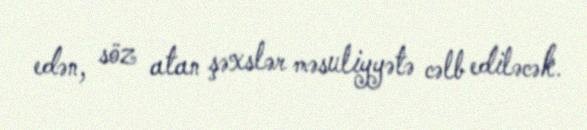
edən, söz atan şəxslər məsuliyyətə cəlb ediləcək.